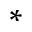
^ *